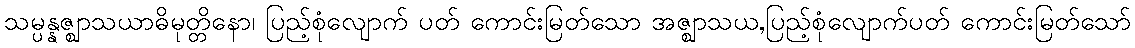
သမ္ပန္နဇ္ဈာသယာဓိမုတ္တိနော၊ ပြည့်စုံလျောက် ပတ် ကောင်းမြတ်သော အဇ္ဈာသယ,ပြည့်စုံလျောက်ပတ် ကောင်းမြတ်သော်